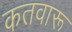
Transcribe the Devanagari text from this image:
कतवारू